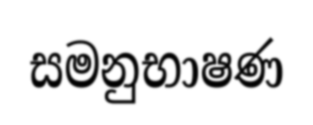
සමනුභාෂණ